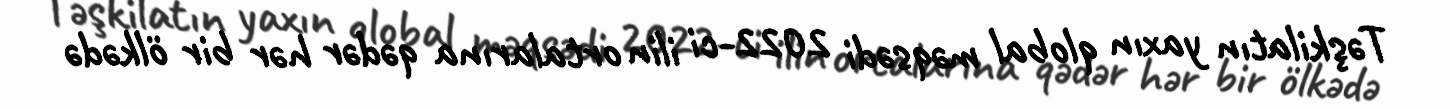
Təşkilatın yaxın qlobal məqsədi 2022-ci ilin ortalarına qədər hər bir ölkədə